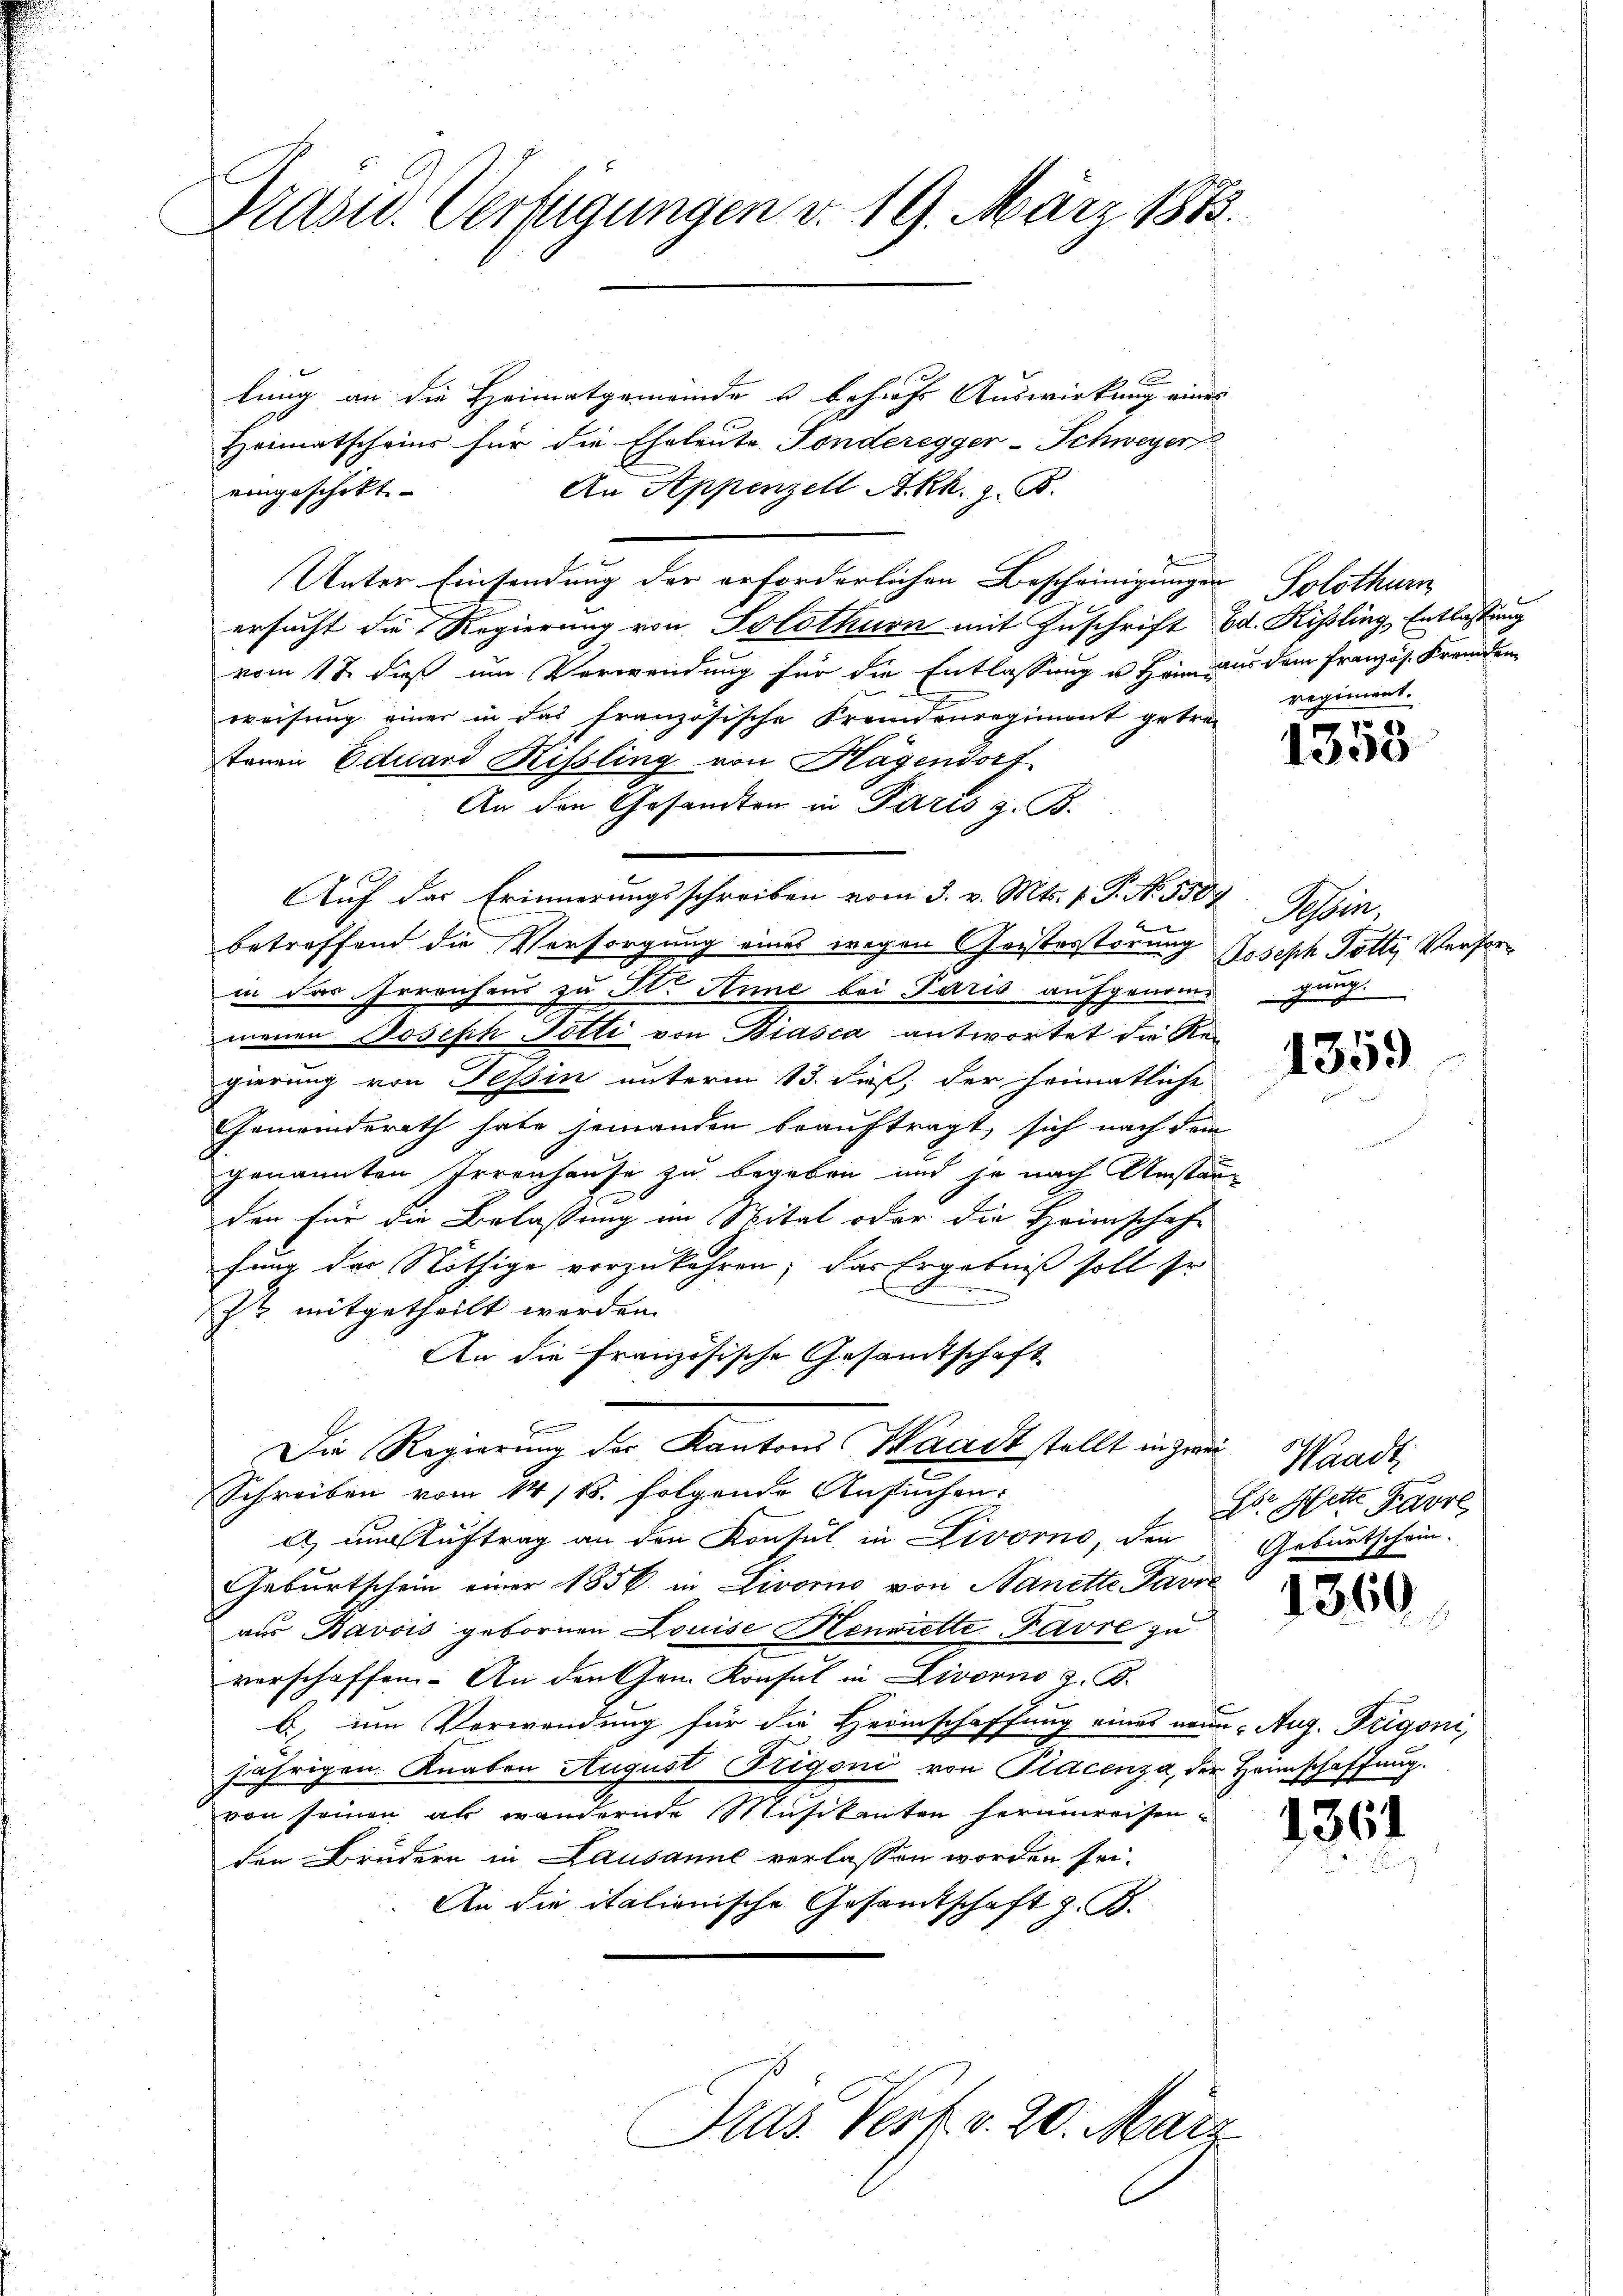
Prasw. Verfügungen v. 19. März 1883.

lung an die Heimatgemeinde u behufs Auswirkung eines
Heimatscheins für die Eheleute Tonderegger-Schweyer
An Appenzell A.-Rh. z. B.
eingeschikt.
Unter Einsendung der erforderlichen Bescheinigungen Solothurn
ersucht die Regierung von Solothurn mit Zuschrift od. Kisling, Entlassung
vom 17. dieß um Verwendung für die Entlassung u Heim aus dem Französ. Fremden
weisung einer in das französische Fremdenregiment getre
tonen Eduard Rissling von Hagendorf
An den Gesandten in Paris z. B.
betreffend die Versorgung eines wegen Geisterstörung Joseph Totty Verforin das Irrenhaus zu St. Anne bei Paris aufgenommengung.
menen Joseph Potti von Biasca antwortet die Regierung von Tessin unterm 13. Fuß, der heimatliche
Gemeinderath habe jemanden beauftragt, sich nach dem
genannten Irrenhause zu begeben und je nach Umstän
den für die Belassung im Spital oder die Heimschaft
fung des Nöthige vorzukehren; das Ergebniß soll Er
zt mitgetheilt werden.
An die Französische Gesandtschaft
E
Die Regierung der Kantons Waadt stellt in Zwei¬
Schreiben vom 14/18. folgende Ansuchen.
d) um Auftrag an den Konsul in Livorno, den
Geburtschein einer 1856 in Livorno von Nanette Favre
aus Bavois gebornen Louise Henriette Favre zu
verschaffen. An den Gen. Konsul in Livorno z. B.
b, um Verwendung für die Heimschaffung eines neue Aug. Trigoni,
jährigen. Knaben August Trigoni von Placenza, der Heimschaffung.
von seinen als wandernde Musikanten herumreisen
den Brudern in Lausanne verlassen worden sei-
An die italienische Gesamtschaft z. B.

Auf der Erinnerungsschreiben vom 3. v. Mts. f. P. No. 5507

Dras Verf. v. 20. März

regiment.

2

1353

Abei,

1359

Waadt
Hs. Hette Parre
Geburtschein.

1360

1361